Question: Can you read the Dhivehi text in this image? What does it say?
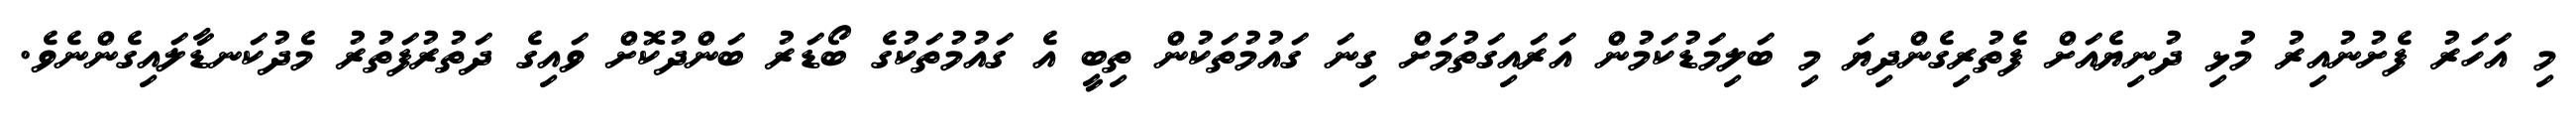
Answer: މި އަހަރު ފެށުނުއިރު މުޅި ދުނިޔެއަށް ފެތުރިގެންދިޔަ މި ބަލިމަޑުކަމުން އަރައިގަތުމަށް ގިނަ ގައުމުތަކުން ތިބީ އެ ގައުމުތަކުގެ ބޯޑަރު ބަންދުކޮށް ވައިގެ ދަތުރުފަތުރު މެދުކަނޑާލައިގެންނެވެ.